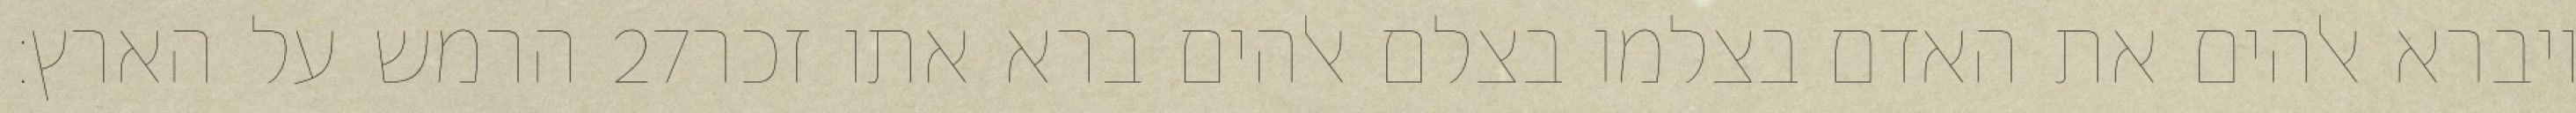
הרמש על הארץ׃ ‎27‏ ויברא אלהים את האדם בצלמו בצלם אלהים ברא אתו זכר